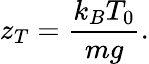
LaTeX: z_{T}={\frac{k_{B}T_{0}}{mg}}.